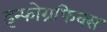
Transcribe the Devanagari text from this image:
इन्फोग्रफिक्स